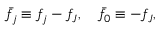
\bar { f } _ { j } \equiv f _ { j } - f _ { J } , \quad \bar { f } _ { 0 } \equiv - f _ { J } ,